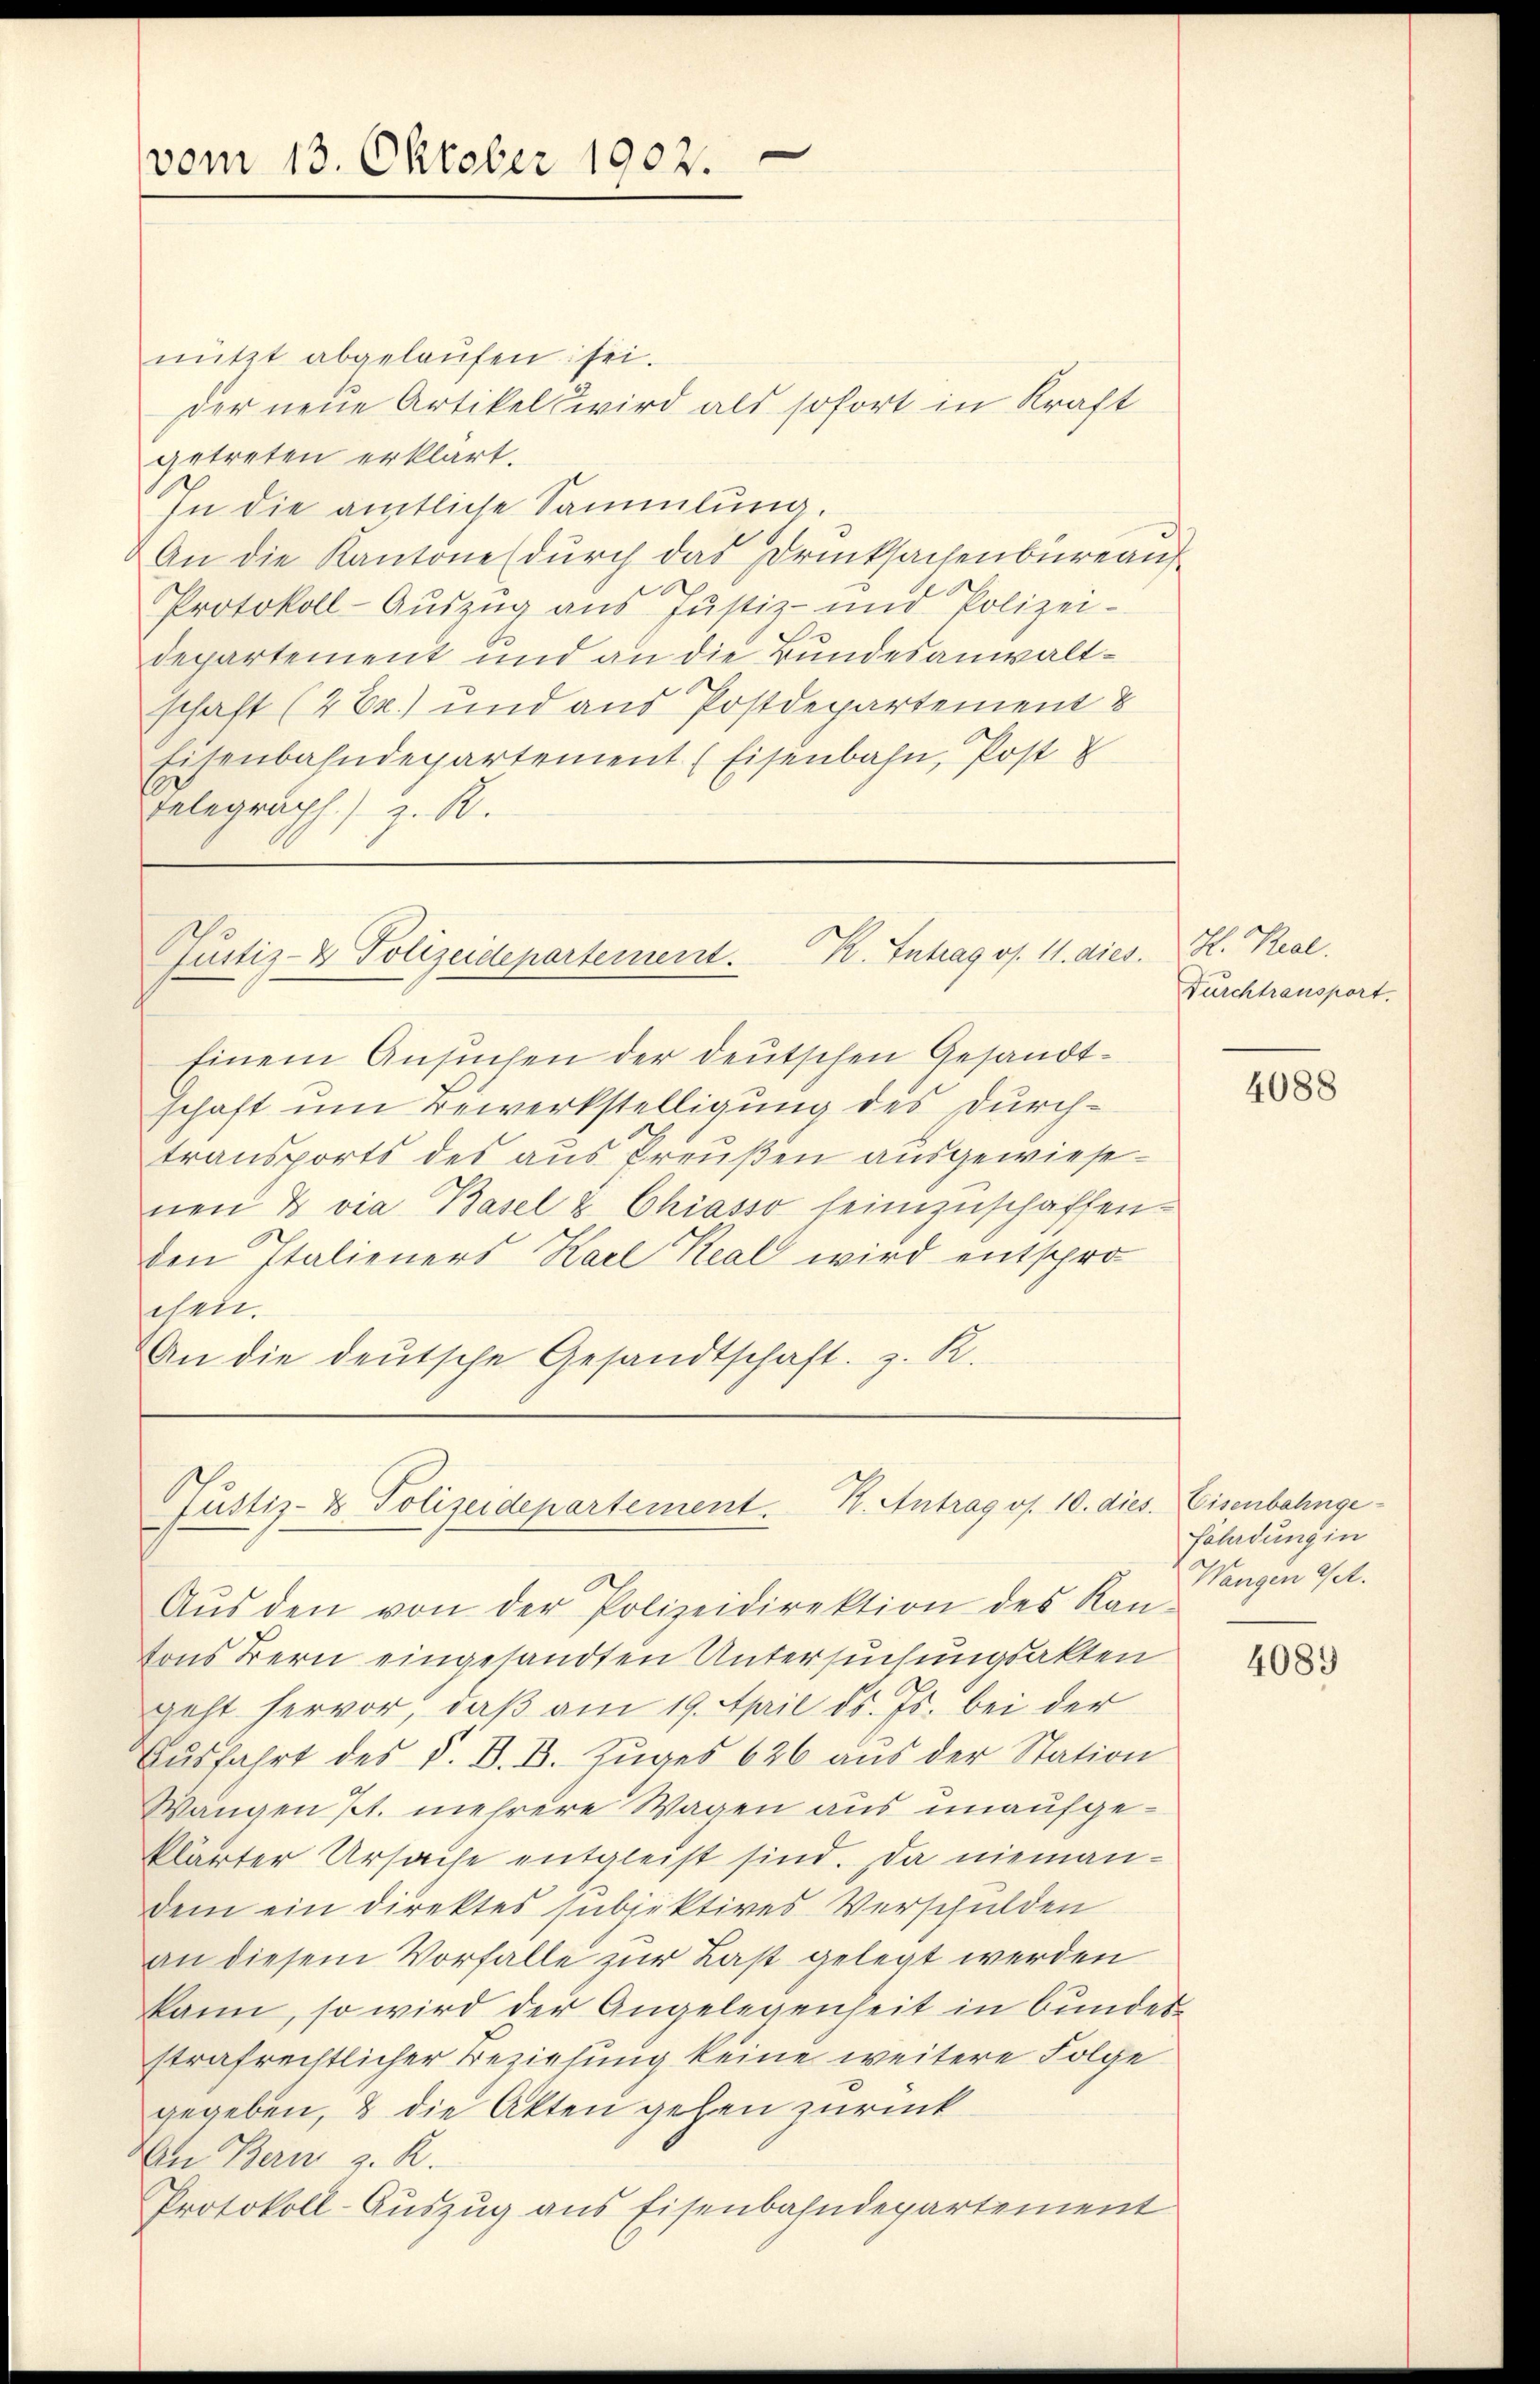
vom 13. Oktober 1902.

nützt abgelaŭfen sei.
der neue Artikels wird als sofort in Kraft
getreten erklärt.
In die amtliche Sammlung.
An die Kantone (durch das Drucksachenbureauf
.
Protokoll-Aŭszŭg ans Justiz- und Polizei-
departement und an die Bundesanwaltschaft (2 Er.) und aus Postdepartement
Eisenbahndepartement (Eisenbahn, Post 8
Telegraph.) z. B.

Justiz- & Polizeidepartement. K. Intrag os. 11. dies.

Einem Ansuchen der deutschen Gesandtschaft um Bewerkstelligung des durchtransports des aus Preußen ausgewiesenen & via Basel & Chiasso heimzuschaffen.
den Italieners Karl Real wird entspro
sehrte.
An die deutsche Gesandtschaft z. R.

Justiz- & Polizeidepartement. K. Antrag os. 10. dies. Eisenbahnge¬

Aŭs den von der Polizeidirektion des Kan-
tons Bern eingesandten Untersuchungsakten
geht hervor, daß am 19. April d. Js. bei der
Ausfahrt des V. D. B. Zuges 626 aus der Station
Wangen Kt. mehrere Wagen aus unaufgeklärter Ursache entgleist sind. Da niemandem ein direktes subjektives Verschulden
an diesem Vorfalle zur Last gelegt werden
kann, so wird der Angelegenheit in bundesstrafrechtlicher Beziehung keine weitere Folge
gegeben, & die Akten gehen zurück
An Bern z. R.
Protokoll-Auszug aus Eisenbahndepartement

H. Kral.
Durchtransport.

4088

Föhrdung in
Wangen Get.

4089